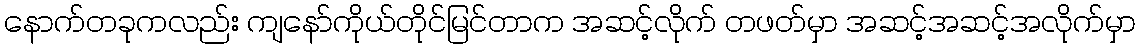
နောက်တခုကလည်း ကျနော်ကိုယ်တိုင်မြင်တာက အဆင့်လိုက် တဖတ်မှာ အဆင့်အဆင့်အလိုက်မှာ